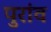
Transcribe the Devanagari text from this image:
पुरांव